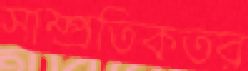
সাম্প্রতিকতর